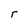
Character: r